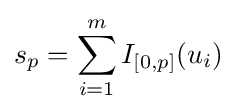
s_{p}=\sum _{i=1}^{m}I_{[0,p]}(u_{i})